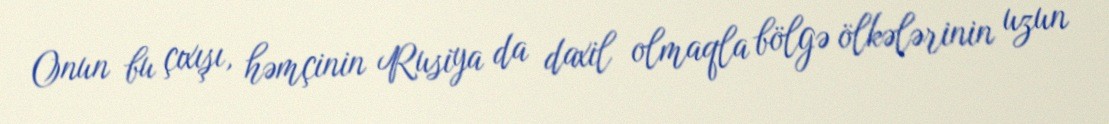
Onun bu çıxışı, həmçinin Rusiya da daxil olmaqla bölgə ölkələrinin uzun